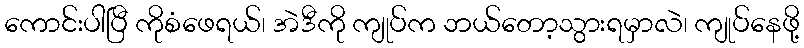
ကောင်းပါပြီ ကိုစံဖေရယ်၊ အဲဒီကို ကျုပ်က ဘယ်တော့သွားရမှာလဲ၊ ကျုပ်နေဖို့